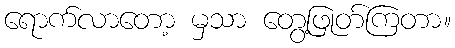
ရောက်လာတော့ မှသာ တွေ့ဖြုတ်ကြတာ။